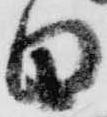
白